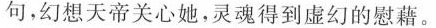
句，幻想天帝关心她，灵魂得到虚幻的慰藉。